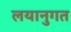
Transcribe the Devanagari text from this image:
लयानुगत